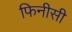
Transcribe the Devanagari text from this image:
फिनीसी